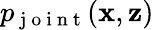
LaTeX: p_{\mathrm{~j~o~i~n~t~}}(\mathbf{x},\mathbf{z})